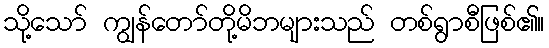
သို့သော် ကျွန်တော်တို့မိဘများသည် တစ်ရွာစီဖြစ်၏။